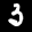
Label: 3